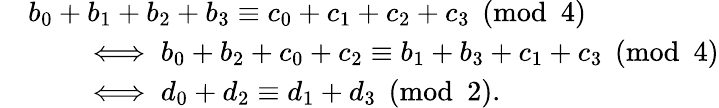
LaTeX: \begin{array}{rl}&{b_{0}+b_{1}+b_{2}+b_{3}\equiv c_{0}+c_{1}+c_{2}+c_{3}\pmod{4}}\\ &{\qquad\iff b_{0}+b_{2}+c_{0}+c_{2}\equiv b_{1}+b_{3}+c_{1}+c_{3}\pmod{4}}\\ &{\qquad\iff d_{0}+d_{2}\equiv d_{1}+d_{3}\pmod{2}.}\end{array}